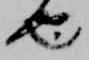
也